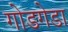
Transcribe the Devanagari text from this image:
गोडगेडा